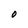
Character: O